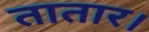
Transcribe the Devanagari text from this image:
तातार।